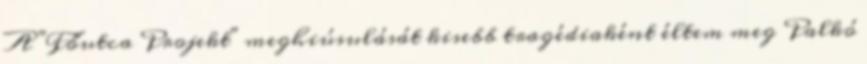
A "Főutca Projekt" meghiúsulását kisebb tragédiaként éltem meg Palkó